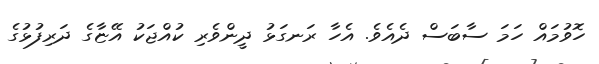
ހޮވުމައް ހަމަ ސާބަސް ދެއެވެ. އެހާ ރަނގަޅު ދީންވެރި ކުއްޖަކު އޭޏާގެ ދަރިފުޅުގެ